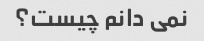
نمی دانم چیست؟